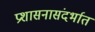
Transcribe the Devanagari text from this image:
प्रशासनासंदर्भात